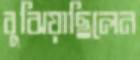
বুঝিয়াছিলেন